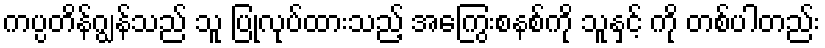
ကပ္ပတိန်ဂျွန်သည် သူ ပြုလုပ်ထားသည့် အကြွေးစနစ်ကို သူနှင့် ကို တစ်ပါတည်း